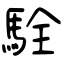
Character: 駩